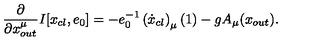
\frac { \partial } { \partial { x } _ { o u t } ^ { \mu } } I [ x _ { c l } , e _ { 0 } ] = - e _ { 0 } ^ { - 1 } \left( \dot { x } _ { c l } \right) _ { \mu } ( 1 ) - g A _ { \mu } ( x _ { o u t } ) .